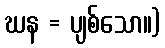
ဃန = ပျစ်သော။)